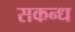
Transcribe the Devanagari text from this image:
सकन्ध